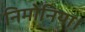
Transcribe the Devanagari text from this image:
निमोनिया।